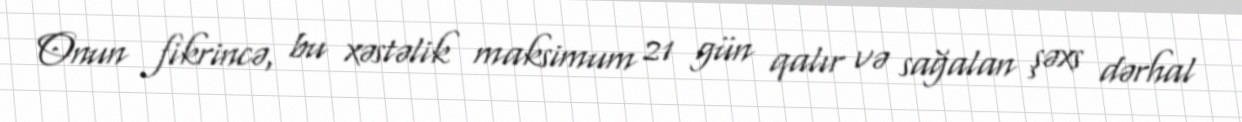
Onun fikrincə, bu xəstəlik maksimum 21 gün qalır və sağalan şəxs dərhal